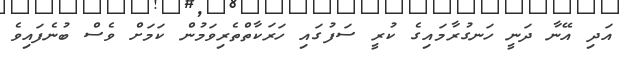
އަދި އޭނާ ދަނީ ހަނގުރާމައިގެ ކުރީ ސަފުގައި ހަރަކާތްތެރިވަމުން ކަމަށް ވެސް ބުނެފައިވެ